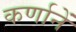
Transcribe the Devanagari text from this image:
कर्णानें